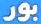
بور